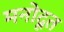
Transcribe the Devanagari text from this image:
मनोदूत